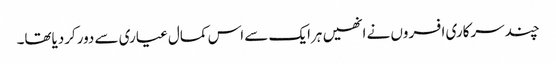
چندسرکاری افسروں نے انھیں ہرایک سے اس کمال عیاری سے دورکردیاتھا۔